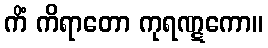
ကိံ ကိရာတော ကုရဏ္ဋကော။